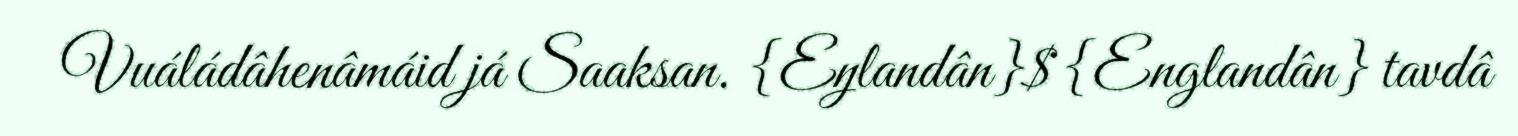
Vuáládâhenâmáid já Saaksan. {Eŋlandân}${Englandân} tavdâ